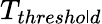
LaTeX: T_{thresho\mathsf{l}d}